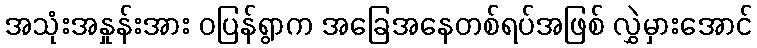
အသုံးအနှုန်းအား ဝပြန်ရွာက အခြေအနေတစ်ရပ်အဖြစ် လွှဲမှားအောင်